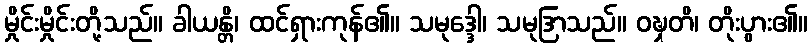
မှိုင်းမှိုင်းတို့သည်။ ခါယန္တိ၊ ထင်ရှားကုန်၏။ သမုဒ္ဒေါ၊ သမုဒြာသည်။ ဝဍ္ဎှတိ၊ တိုးပွား၏။